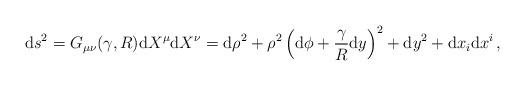
LaTeX: \begin{align*}{\rm d} s^2 = G_{\mu\nu} (\gamma , R ) {\rm d} X^\mu {\rm d} X^\nu ={\rm d} \rho ^2 + \rho ^2 \left( {\rm d} \phi + {\gamma \over R} {\rm d} y \right)^2 + {\rm d} y^2 + {\rm d} x_i {\rm d} x^i\,, \end{align*}